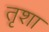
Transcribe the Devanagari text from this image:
तृशा